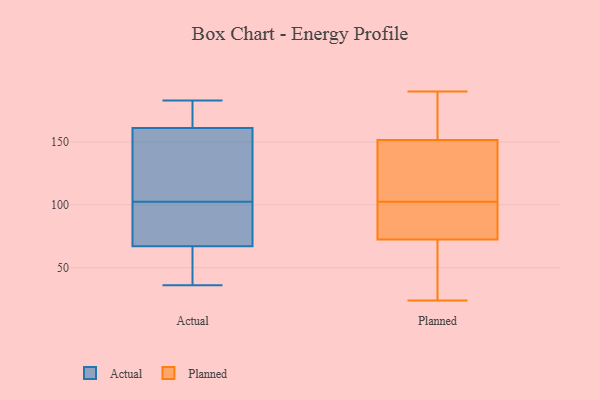
{"axis": {"x": "Operating Costs (USD K)", "y": "Value"}, "legend": ["Actual", "Planned"], "data": [{"x": "", "y": 36, "type": "Actual"}, {"x": "", "y": 179, "type": "Actual"}, {"x": "", "y": 46, "type": "Actual"}, {"x": "", "y": 88, "type": "Actual"}, {"x": "", "y": 117, "type": "Actual"}, {"x": "", "y": 183, "type": "Actual"}, {"x": "", "y": 77, "type": "Actual"}, {"x": "", "y": 161, "type": "Actual"}, {"x": "", "y": 67, "type": "Actual"}, {"x": "", "y": 122, "type": "Actual"}, {"x": "", "y": 153, "type": "Planned"}, {"x": "", "y": 104, "type": "Planned"}, {"x": "", "y": 190, "type": "Planned"}, {"x": "", "y": 128, "type": "Planned"}, {"x": "", "y": 32, "type": "Planned"}, {"x": "", "y": 101, "type": "Planned"}, {"x": "", "y": 164, "type": "Planned"}, {"x": "", "y": 60, "type": "Planned"}, {"x": "", "y": 151, "type": "Planned"}, {"x": "", "y": 117, "type": "Planned"}, {"x": "", "y": 65, "type": "Planned"}, {"x": "", "y": 24, "type": "Planned"}, {"x": "", "y": 95, "type": "Planned"}, {"x": "", "y": 81, "type": "Planned"}, {"x": "", "y": 152, "type": "Planned"}, {"x": "", "y": 80, "type": "Planned"}]}